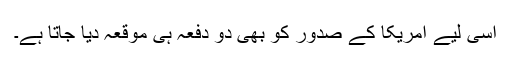
اسی لیے امریکا کے صدور کو بھی دو دفعہ ہی موقعہ دیا جاتا ہے۔